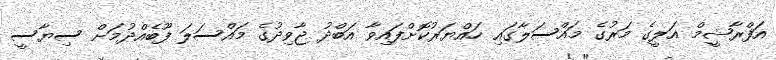
އަފްރާޝީމް އަލީގެ މަރުގެ މައްސަލާގައި ހައްޔަރުކޮށްފައިވާ އަބްދު ޖާވިދުގެ މައްސަލަ ފޫބެއްދުމަށް ސިޔާސީ